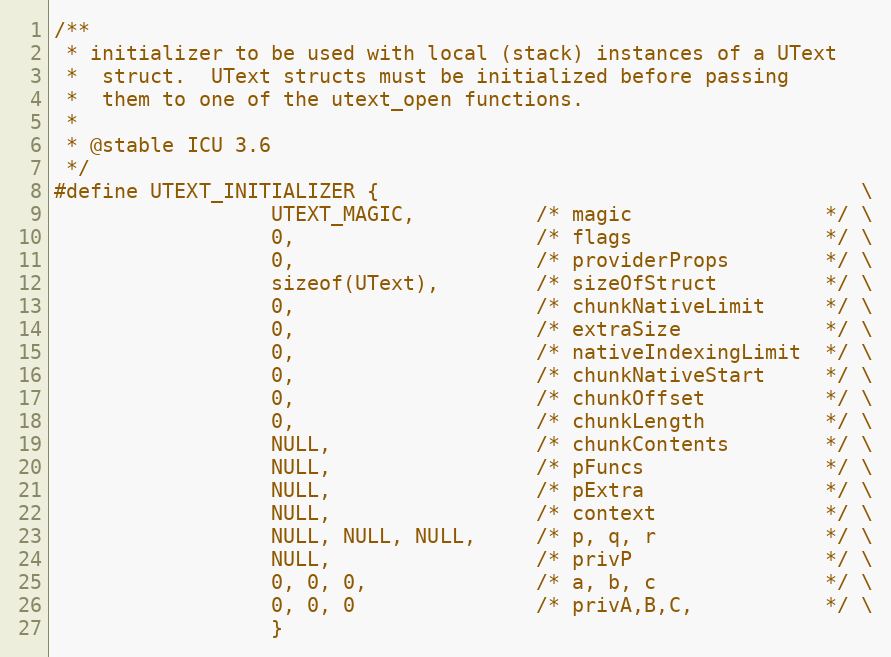
Language: C
/**
 * initializer to be used with local (stack) instances of a UText
 *  struct.  UText structs must be initialized before passing
 *  them to one of the utext_open functions.
 *
 * @stable ICU 3.6
 */
#define UTEXT_INITIALIZER {                                        \
                  UTEXT_MAGIC,          /* magic                */ \
                  0,                    /* flags                */ \
                  0,                    /* providerProps        */ \
                  sizeof(UText),        /* sizeOfStruct         */ \
                  0,                    /* chunkNativeLimit     */ \
                  0,                    /* extraSize            */ \
                  0,                    /* nativeIndexingLimit  */ \
                  0,                    /* chunkNativeStart     */ \
                  0,                    /* chunkOffset          */ \
                  0,                    /* chunkLength          */ \
                  NULL,                 /* chunkContents        */ \
                  NULL,                 /* pFuncs               */ \
                  NULL,                 /* pExtra               */ \
                  NULL,                 /* context              */ \
                  NULL, NULL, NULL,     /* p, q, r              */ \
                  NULL,                 /* privP                */ \
                  0, 0, 0,              /* a, b, c              */ \
                  0, 0, 0               /* privA,B,C,           */ \
                  }